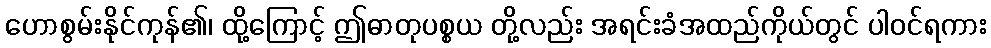
ဟောစွမ်းနိုင်ကုန်၏၊ ထို့ကြောင့် ဤဓာတုပစ္စယ တို့လည်း အရင်းခံအထည်ကိုယ်တွင် ပါဝင်ရကား